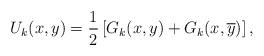
LaTeX: \begin{align*} U _k (x,y) = \frac12 \left[ G_k(x,y)+ G _k(x,\overline{y})\right], \end{align*}